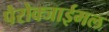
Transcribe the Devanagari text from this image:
पैरोक्जाईमल